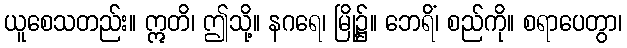
ယူစေသတည်း။ ဣတိ၊ ဤသို့။ နဂရေ၊ မြို့၌။ ဘေရိံ၊ စည်ကို။ စရာပေတွာ၊